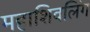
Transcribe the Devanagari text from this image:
महाशिवलिंग